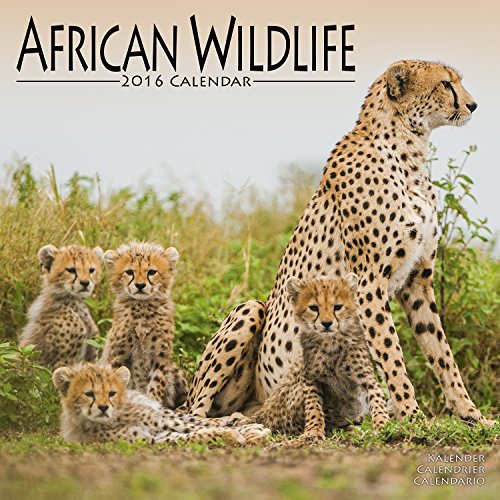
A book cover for African Wildlife Calendar - 2016 Wall calendars - Animal Calendar - Monthly Wall Calendar by Avonside; MegaCalendars; Calendars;